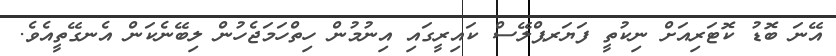
އޭނަ ބޮޑު ކޮޓަރިއަށް ނިކުތީ ފަޔަރޕްލޭސް ކައިރީގައި އިނުމުން ހިތްހަމަޖެހުން ލިބޭނެކަން އެނގޭތީއެވެ.